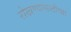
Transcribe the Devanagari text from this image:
रोखण्यासाठीच्या